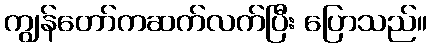
ကျွန်တော်ကဆက်လက်ပြီး ပြောသည်။